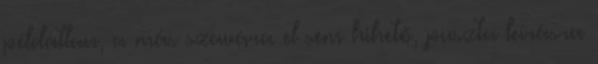
példátlan, a más szavára el sem hihető, puszta leírásra